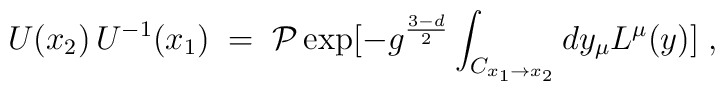
U(x_2) \, U^{-1} (x_1) \;=\;{\cal P} \exp [ -g^{ \frac{3-d}{2} } \int_{C_{x_1 \to x_2}}dy_{\mu}L^{\mu} (y) ] \;,